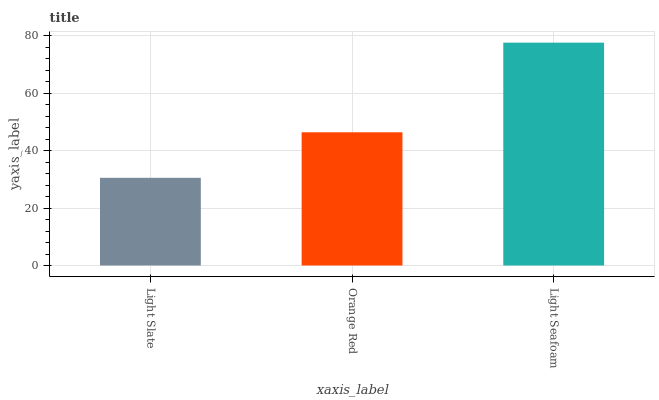
| xaxis_label | bars |
 | --- | --- |
 | Light Slate | 30.5 |
 | Orange Red | 46.4 |
 | Light Seafoam | 77.6 |